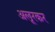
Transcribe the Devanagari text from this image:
अलूरकर